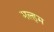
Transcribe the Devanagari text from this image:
मल्हम